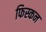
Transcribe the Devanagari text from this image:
फिस्कन